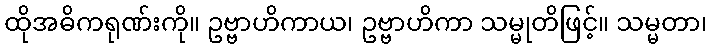
ထိုအဓိကရုဏ်းကို။ ဥဗ္ဗာဟိကာယ၊ ဥဗ္ဗာဟိကာ သမ္မုတိဖြင့်။ သမ္မတာ၊